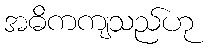
အဓိကကျသည်ဟု